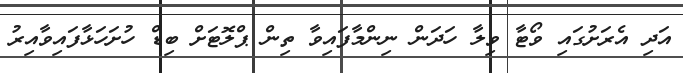
އަދި އެރަށުގައި ވޯޓާ ވިލާ ހަދަން ނިންމާފައިވާ ތިން ޕްލޮޓަށް ބިޑް ހުށަހަޅާފައިވާއިރު